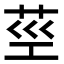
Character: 𦮨